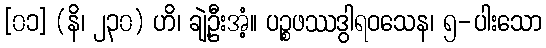
[၀၁] (နိ၊ ၂၃၀) ဟိ၊ ချဲ့ဦးအံ့။ ပဉ္စဖဿဒွါရဝသေန၊ ၅-ပါးသော